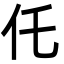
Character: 仛